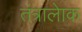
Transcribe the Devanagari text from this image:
तंत्रालेाक